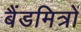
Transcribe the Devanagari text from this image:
बैंडमित्रों